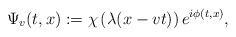
LaTeX: \begin{align*}\Psi _v(t,x) := \chi \left( \lambda (x-vt) \right) e^{i \phi (t,x)},\end{align*}